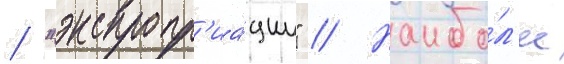
/ "экспропр'иа́ции" // Наибо́л'ее